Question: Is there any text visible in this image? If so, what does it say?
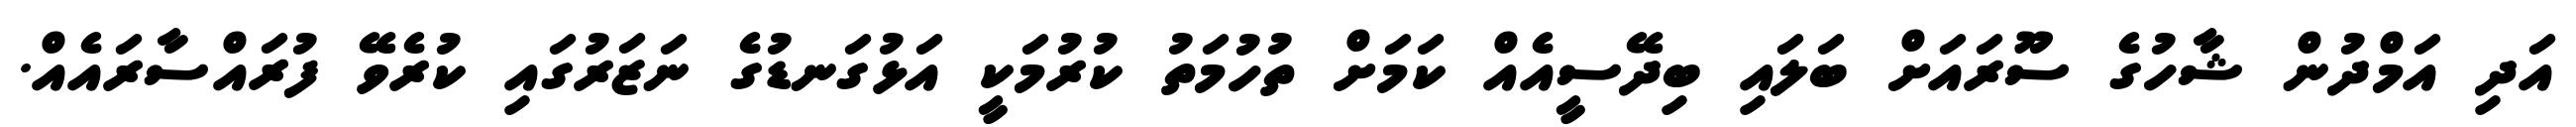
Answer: އަދި އަމްދުން ޝާހުގެ ސޫރައަށް ބަލައި ބިދޭސީއެއް ކަމަށް ތުހުމަތު ކުރުމަކީ އަޅުގަނޑުގެ ނަޒަރުގައި ކުރެވޭ ފުރައްސާރައެއް.